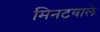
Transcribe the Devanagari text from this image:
मिनटवाले